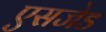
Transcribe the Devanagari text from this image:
एसजेड